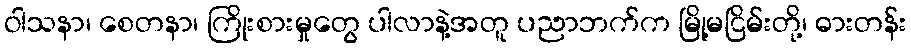
ဝါသနာ၊ စေတနာ၊ ကြိုးစားမှုတွေ ပါလာနဲ့အတူ ပညာဘက်က မြို့မငြိမ်းတို့၊ ဓားတန်း